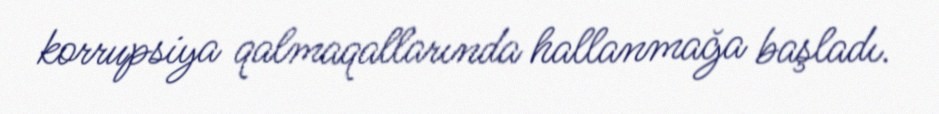
korrupsiya qalmaqallarında hallanmağa başladı.